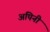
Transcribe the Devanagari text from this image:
अपिनी